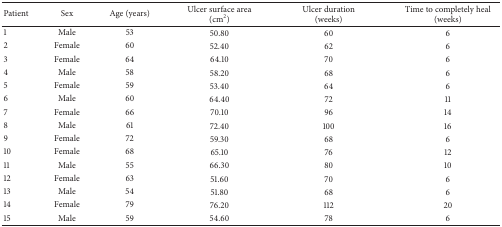
| Patient | Sex | Age (years) | Ulcer surface area (cm2) | Ulcer duration (weeks) | Time to completely heal (weeks) |
 | --- | --- | --- | --- | --- | --- |
 | 1 | Male | 53 | 50.80 | 60 | 6 |
 | 2 | Female | 60 | 52.40 | 62 | 6 |
 | 3 | Female | 64 | 64.10 | 70 | 6 |
 | 4 | Male | 58 | 58.20 | 68 | 6 |
 | 5 | Female | 59 | 53.40 | 64 | 6 |
 | 6 | Male | 60 | 64.40 | 72 | 11 |
 | 7 | Female | 66 | 70.10 | 96 | 14 |
 | 8 | Male | 61 | 72.40 | 100 | 16 |
 | 9 | Female | 72 | 59.30 | 68 | 6 |
 | 10 | Female | 68 | 65.10 | 76 | 12 |
 | 11 | Male | 55 | 66.30 | 80 | 10 |
 | 12 | Female | 63 | 51.60 | 70 | 6 |
 | 13 | Male | 54 | 51.80 | 68 | 6 |
 | 14 | Female | 79 | 76.20 | 112 | 20 |
 | 15 | Male | 59 | 54.60 | 78 | 6 |